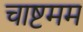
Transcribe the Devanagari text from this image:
चाष्टमम